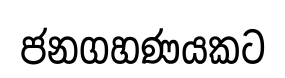
ජනගහණයකට